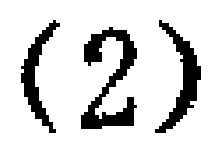
$(2)$